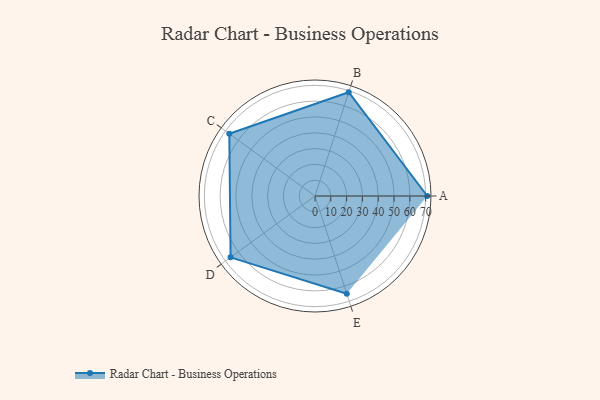
{"axis": {"x": "Skill", "y": "Score"}, "legend": ["Profile"], "data": [{"x": "A", "y": 71.0, "type": "Profile"}, {"x": "B", "y": 69.0, "type": "Profile"}, {"x": "C", "y": 67.0, "type": "Profile"}, {"x": "D", "y": 66.0, "type": "Profile"}, {"x": "E", "y": 65.0, "type": "Profile"}]}